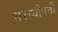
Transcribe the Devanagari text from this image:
धराधीपती